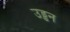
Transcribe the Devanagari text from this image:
उड्डन